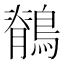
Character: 鶺